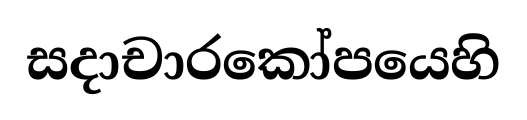
සදාචාරකෝපයෙහි